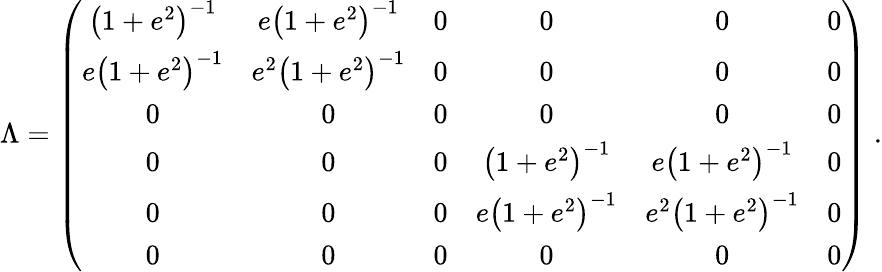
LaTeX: \Lambda=\left(\begin{array}{cccccc}{{\left(1+e^{2}\right)^{-1}}}&{{e\left(1+e^{2}\right)^{-1}}}&{{0}}&{{0}}&{{0}}&{{0}}\\ {{e\left(1+e^{2}\right)^{-1}}}&{{e^{2}\left(1+e^{2}\right)^{-1}}}&{{0}}&{{0}}&{{0}}&{{0}}\\ {{0}}&{{0}}&{{0}}&{{0}}&{{0}}&{{0}}\\ {{0}}&{{0}}&{{0}}&{{\left(1+e^{2}\right)^{-1}}}&{{e\left(1+e^{2}\right)^{-1}}}&{{0}}\\ {{0}}&{{0}}&{{0}}&{{e\left(1+e^{2}\right)^{-1}}}&{{e^{2}\left(1+e^{2}\right)^{-1}}}&{{0}}\\ {{0}}&{{0}}&{{0}}&{{0}}&{{0}}&{{0}}\end{array}\right)\; .